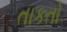
તાકતો